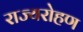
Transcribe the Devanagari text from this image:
राज्यरोहण